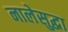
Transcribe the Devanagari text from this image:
नालेसुद्धा